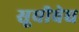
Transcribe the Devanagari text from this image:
सूचीवेध